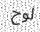
لوح